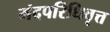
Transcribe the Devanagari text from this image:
मंदपरिधिवृत्त